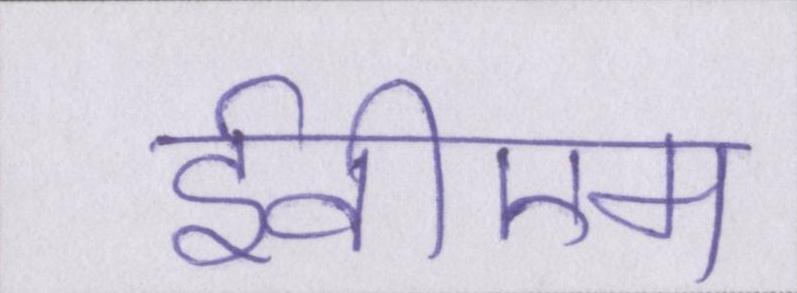
ईवीएम